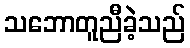
သဘောတူညီခဲ့သည်